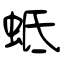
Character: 蚳